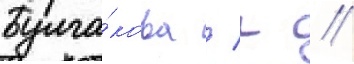
Булга́кова / г //